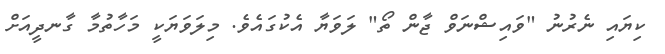
ކިޔައި ނެރުނު "ވައިޝްނަވް ޖާން ތޯ" ލަވަޔާ އެކުގައެވެ. މިލަވަޔަކީ މަހާތުމާ ގާނދީއަށް